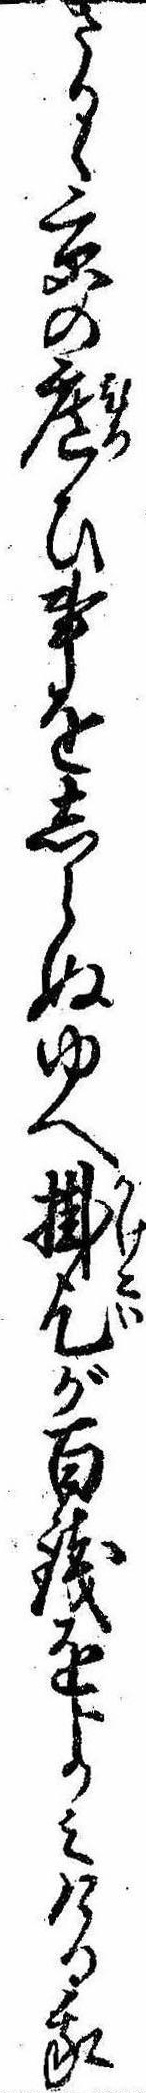
さるゝ京の広ひ事をしらぬゆへ掛乞が百銭をよみける我